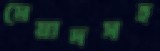
মেয়াদসহ